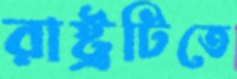
রাষ্ট্রটিতে